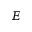
E